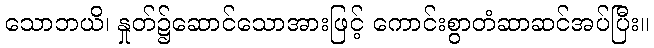
သောဘယိ၊ နှုတ်၌ဆောင်သောအားဖြင့် ကောင်းစွာတံဆာဆင်အပ်ပြီး။